Civil Veterinary Dept. North-West Frontier Province 1933-46 - 1933-1946
Year: 1933
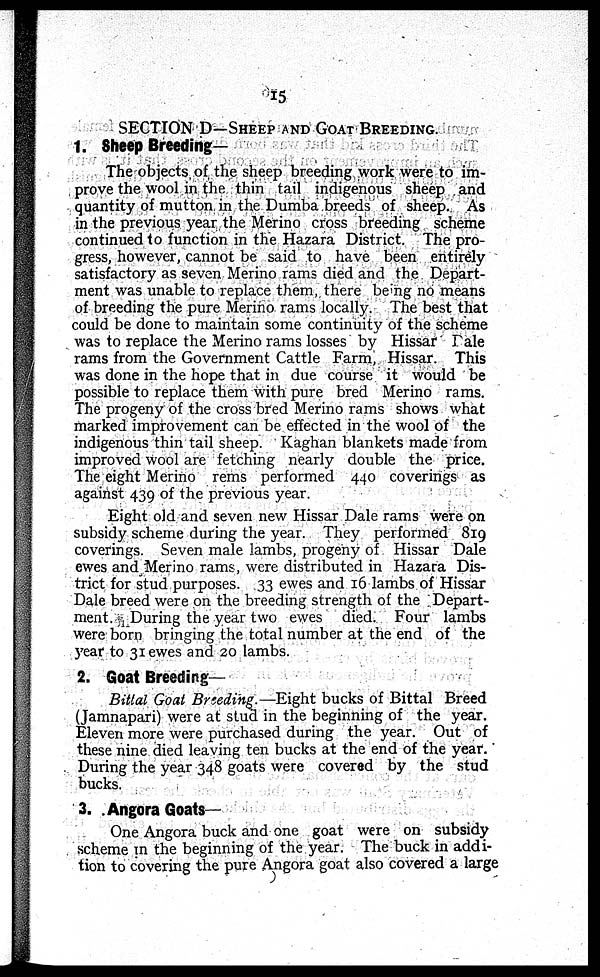
15
SECTION D—SHEEP AND GOAT BREEDING.
1. Sheep Breeding—
The objects of the sheep breeding work were to im-
prove the wool in the thin tail indigenous sheep and
quantity of mutton in the Dumba breeds of sheep. As
in the previous year the Merino cross breeding scheme
continued to function in the Hazara District. The pro-
gress, however, cannot be said to have been entirely
satisfactory as seven Merino rams died and the Depart-
ment was unable to replace them, there being no means
of breeding the pure Merino rams locally. The best that
could be done to maintain some continuity of the scheme
was to replace the Merino rams losses by Hissar Dale
rams from the Government Cattle Farm, Hissar. This
was done in the hope that in due course it would be
possible to replace them with pure bred Merino rams.
The progeny of the cross bred Merino rams shows what
marked improvement can be effected in the wool of the
indigenous thin tail sheep. Kaghan blankets made from
improved wool are fetching nearly double the price.
The eight Merino rems performed 440 coverings as
against 439 of the previous year.
Eight old and seven new Hissar Dale rams were on
subsidy scheme during the year. They performed 819
coverings. Seven male lambs, progeny of Hissar Dale
ewes and Merino rams, were distributed in Hazara Dis-
trict for stud purposes. 33 ewes and 16 lambs of Hissar
Dale breed were on the breeding strength of the Depart-
ment. During the year two ewes died. Four lambs
were born bringing the total number at the end of the
year to 31 ewes and 20 lambs.
2. Goat Breeding—
Bittal Goat Breeding.—Eight bucks of Bittal Breed
(Jamnapari) were at stud in the beginning of the year.
Eleven more were purchased during the year. Out of
these nine died leaving ten bucks at the end of the year.
During the year 348 goats were covered by the stud
bucks.
3. Angora Goats—
One Angora buck and one goat were on subsidy
scheme in the beginning of the year. The buck in addi-
tion to covering the pure Angora goat also covered a large